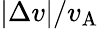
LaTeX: |\Delta v|/v_{\mathrm{A}}